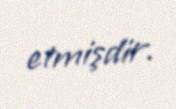
etmişdir.